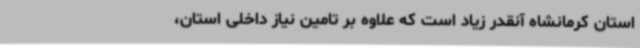
استان کرمانشاه آنقدر زیاد است که علاوه بر تامین نیاز داخلی استان،